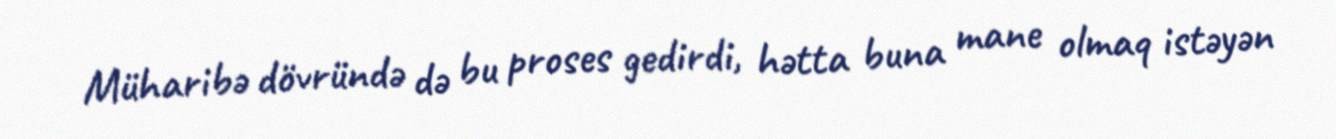
Müharibə dövründə də bu proses gedirdi, hətta buna mane olmaq istəyən